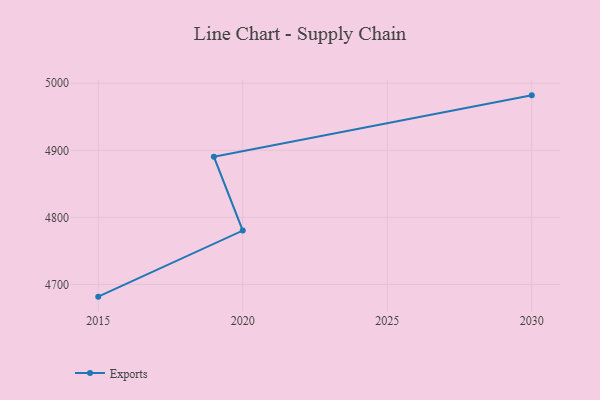
{"axis": {"x": "Year", "y": "Budget (USD K)"}, "legend": ["Exports"], "data": [{"x": "2015", "y": 4681.7, "type": "Exports"}, {"x": "2020", "y": 4780.3, "type": "Exports"}, {"x": "2019", "y": 4890.5, "type": "Exports"}, {"x": "2030", "y": 4982.0, "type": "Exports"}]}